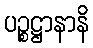
ပဉ္စဋ္ဌာနာနိ